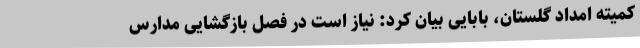
کمیته امداد گلستان، بابایی بیان کرد: نیاز است در فصل بازگشایی مدارس